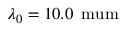
\lambda _ { 0 } = 1 0 . 0 \, \mathrm { \ m u m }